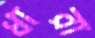
ধারা